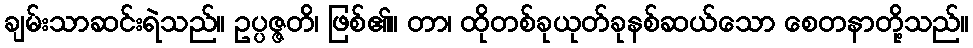
ချမ်းသာဆင်းရဲသည်။ ဥပ္ပဇ္ဇတိ၊ ဖြစ်၏။ တာ၊ ထိုတစ်ခုယုတ်ခုနစ်ဆယ်သော စေတနာတို့သည်။